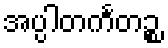
အပ္ပါတင်္ကတဉ္စ